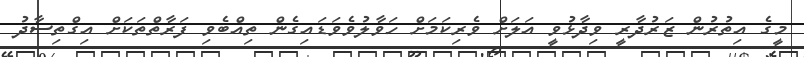
މީގެ އިތުރުން ޒަރުދާރީ ވިދާޅުވީ އަލަށް ވެރިކަމަށް ހަވާލުވެވަޑައިގެން ތިއްބެވި ފަރާތްތަކަށް އިގްތިސާދު